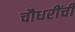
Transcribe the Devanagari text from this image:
चौधरींची